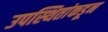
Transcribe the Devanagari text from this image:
उपस्थितांकडून